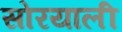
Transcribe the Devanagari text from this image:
सोरयाली